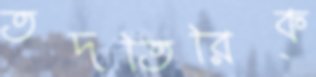
তদতিরিক্